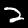
Digit: 2